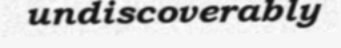
undiscoverably